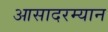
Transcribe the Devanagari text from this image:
आसादरम्यान